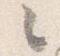
々